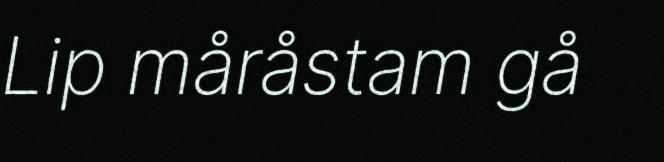
Lip måråstam gå